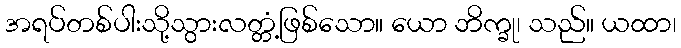
အရပ်တစ်ပါးသို့သွားလတ္တံ့ဖြစ်သော။ ယော ဘိက္ခု၊ သည်။ ယထာ၊